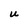
Character: U